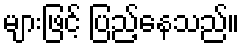
များဖြင့် ပြည့်နေသည်။